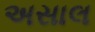
અસાલ